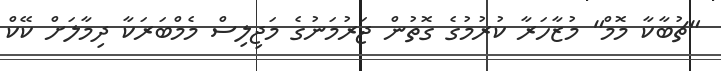
"ޗުބާކާ މޮމް" މުޒާހަރާ ކުރުމުގެ ގޮތުން ޖަރުމަނުގެ މަޖިލިސް މެމްބަަރަކާ ދިމާލަށް ކޭކް